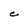
Character: C